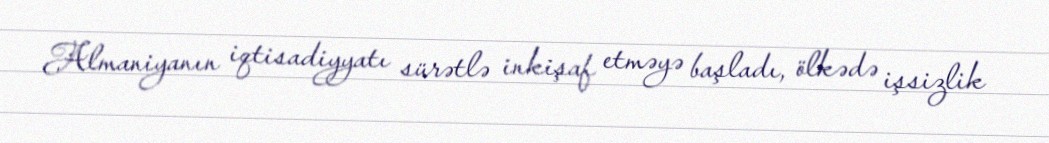
Almaniyanın iqtisadiyyatı sürətlə inkişaf etməyə başladı, ölkədə işsizlik